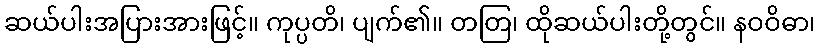
ဆယ်ပါးအပြားအားဖြင့်။ ကုပ္ပတိ၊ ပျက်၏။ တတြ၊ ထိုဆယ်ပါးတို့တွင်။ နဝဝိဓာ၊